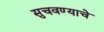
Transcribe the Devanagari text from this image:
सुचवण्याचे